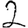
Digit: 2